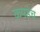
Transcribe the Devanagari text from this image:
कपडेच